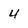
Character: 4